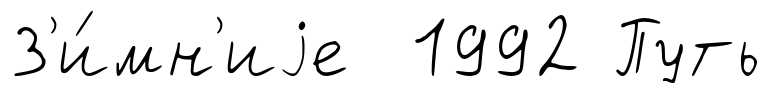
З'и́мн'иjе 1992 Путь